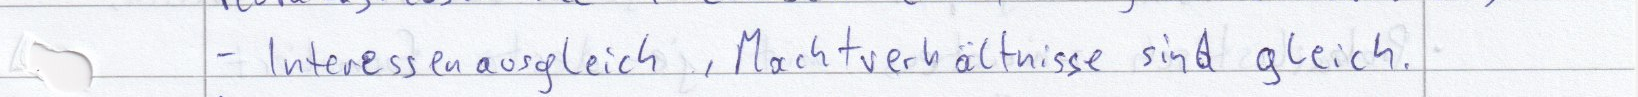
- Interessenausgleich, Machtverhältnisse sind gleich